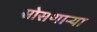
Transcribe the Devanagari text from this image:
सोसणार्‍या